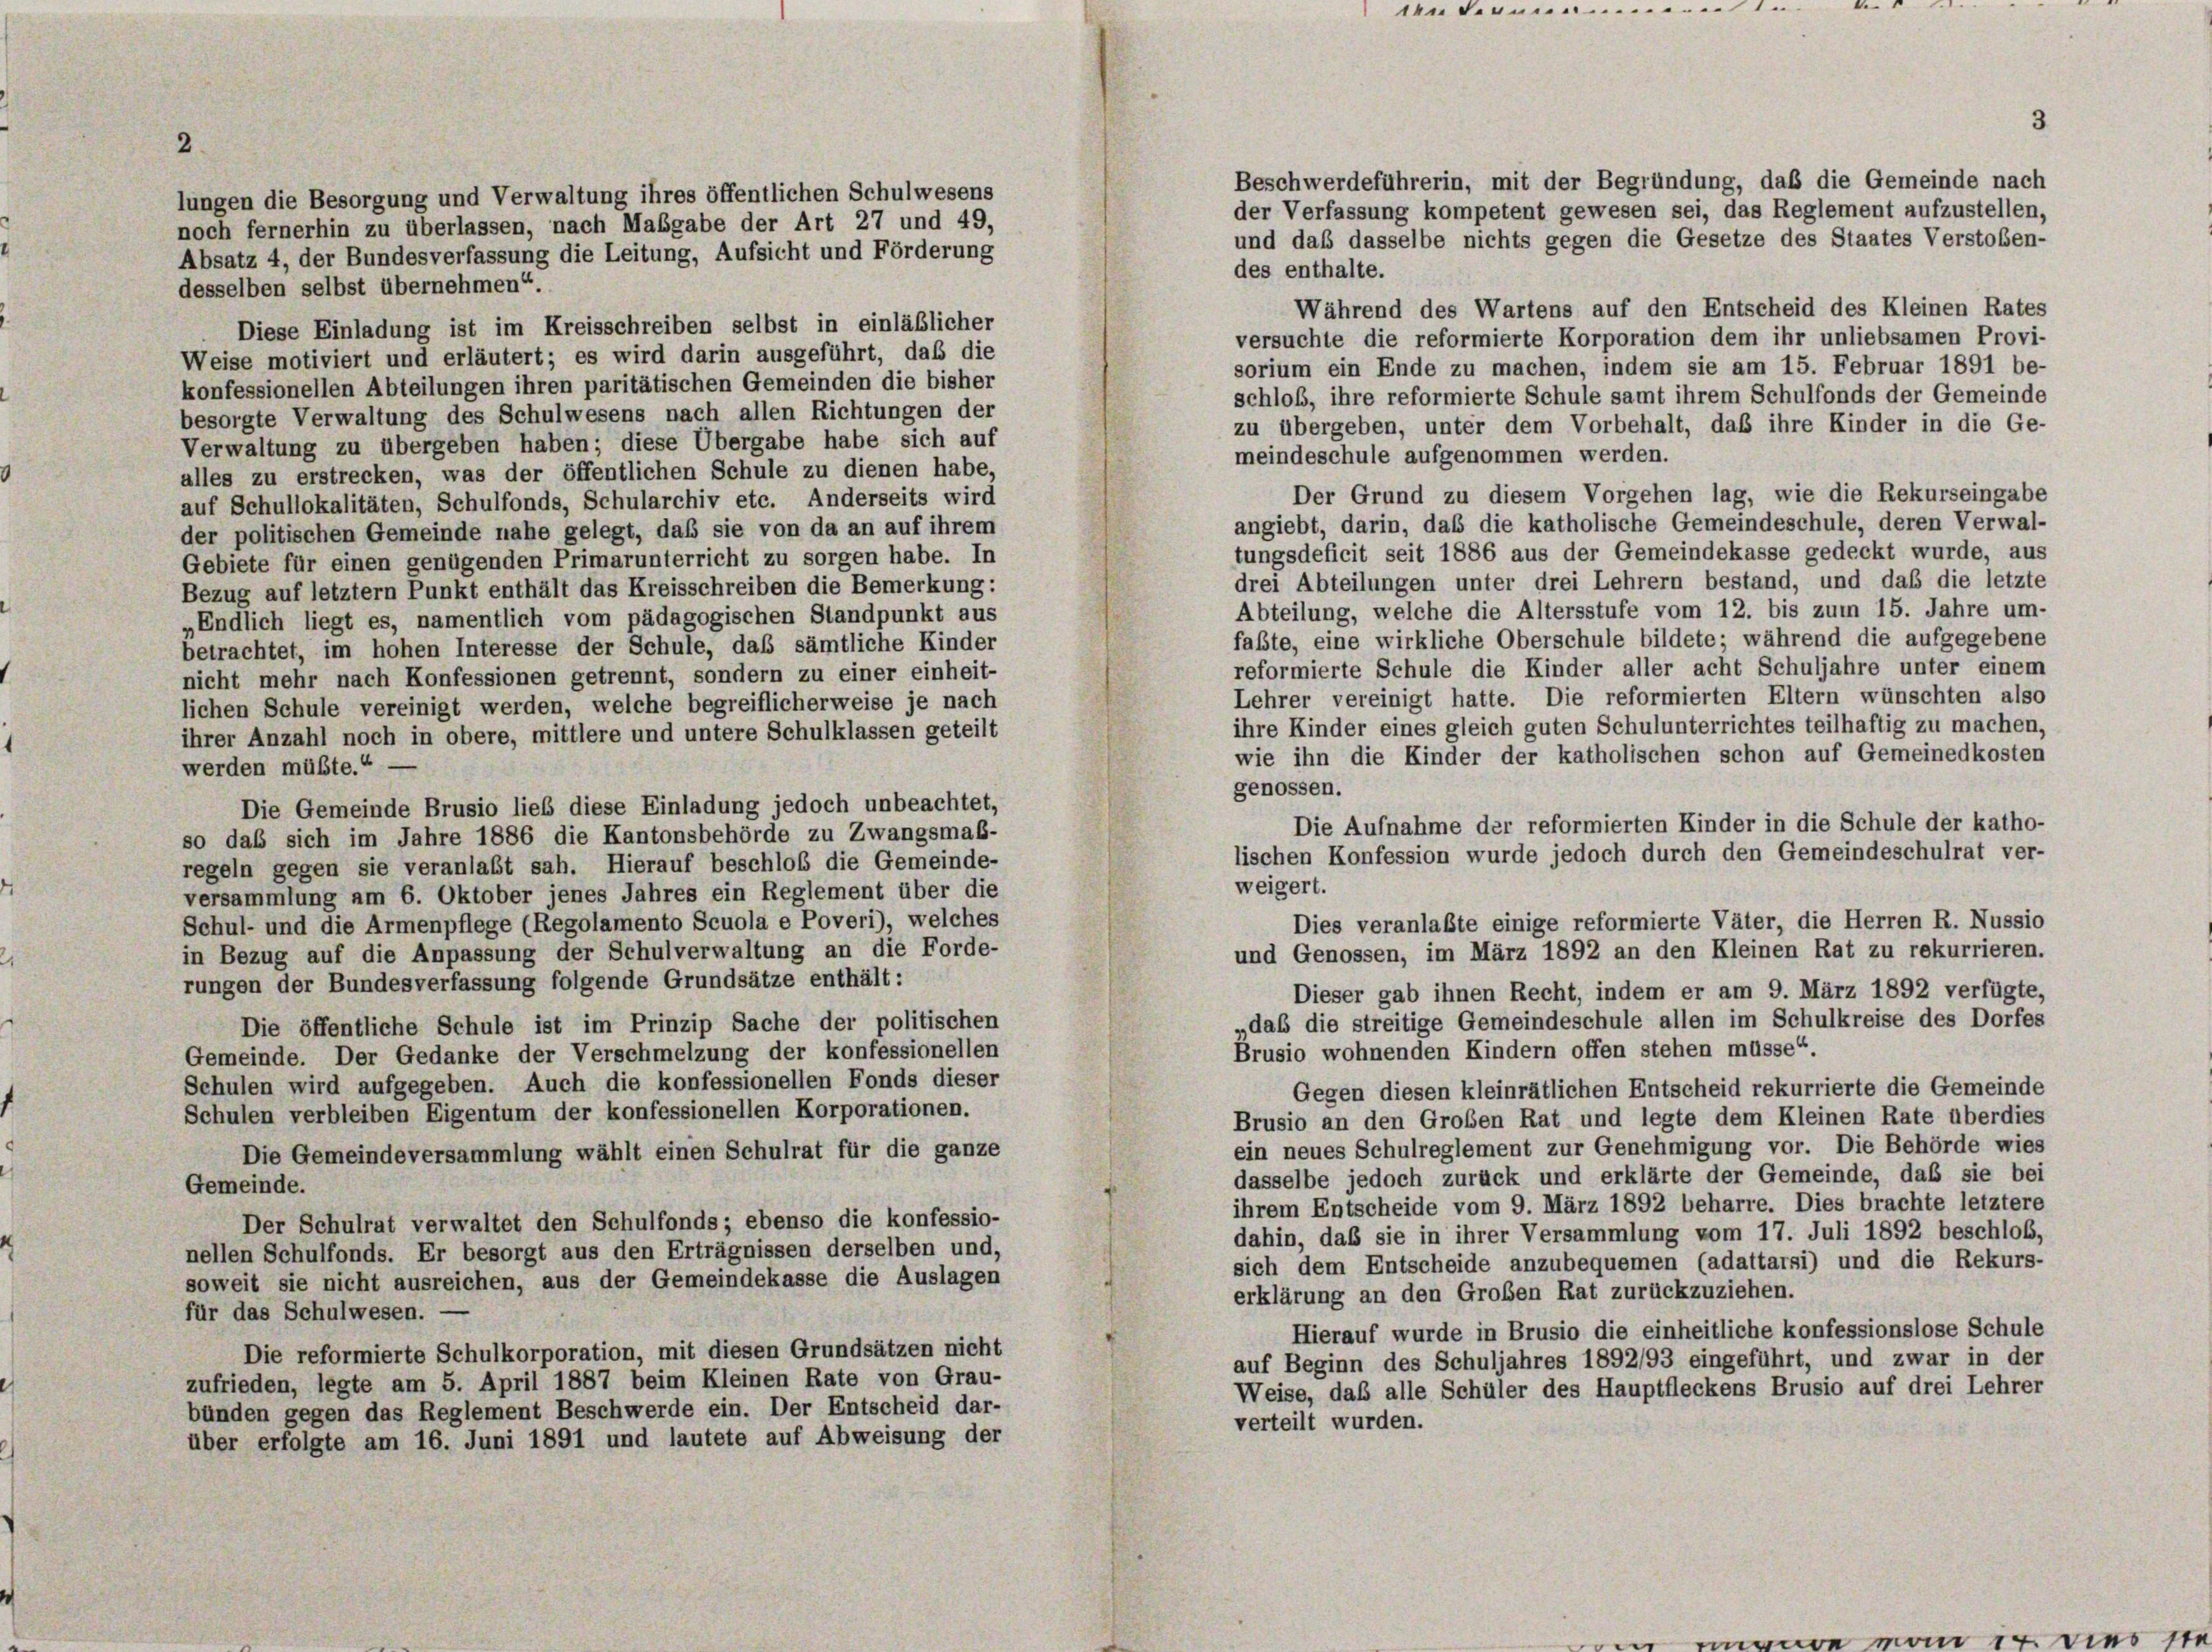
2.

lungen die Besorgung und Verwaltung ihres öffentlichen Schulwesens

Beschwerdeführerin, mit der Begründung, daß die Gemeinde nach
der Verfassung kompetent gewesen sei, das Reglement aufzustellen,
noch fernerhin zu überlassen, nach Mabgabe der Art 27 und 49,
und daß dasselbe nichts gegen die Gesetze des Staates Verstoben-
Absatz 4, der Bundesverfassung die Leitung, Aufsicht und Förderung
des enthalte.
desselben selbst übernehmen“.
Während des Wartens auf den Entscheid des Kleinen Rates
Diese Einladung ist im Kreisschreiben selbst in einläßlicher
versuchte die reformierte Korporation dem ihr unliebsamen Provi-
Weise motiviert und erläutert; es wird darin ausgeführt, daß die
sorium ein Ende zu machen, indem sie am 15. Februar 1891 be-
konfessionellen Abteilungen ihren paritätischen Gemeinden die bisher
schloß, ihre reformierte Schule samt ihrem Schulfonds der Gemeinde
besorgte Verwaltung des Schulwesens nach allen Richtungen der
zu übergeben, unter dem Vorbehalt, daß ihre Kinder in die Ge-
Verwaltung zu übergeben haben; diese Übergabe habe sich auf
meindeschule aufgenommen werden.
alles zu erstrecken, was der öffentlichen Schule zu dienen habe,
Der Grund zu diesem Vorgehen lag, wie die Rekurseingabe
auf Schullokalitäten, Schulfonds, Schularchiv etc. Anderseits wird
angiebt, darin, daß die katholische Gemeindeschule, deren Verwal-
der politischen Gemeinde nahe gelegt, daß sie von da an auf ihrem
tungsdeficit seit 1886 aus der Gemeindekasse gedeckt wurde, aus
Gebiete für einen genügenden Primarunterricht zu sorgen habe. In
drei Abteilungen unter drei Lehrern bestand, und daß die letzte
Bezug auf letztem Punkt enthält das Kreisschreiben die Bemerkung:
Abteilung, welche die Altersstufe vom 12. bis zum 15. Jahre um-
„Endlich liegt es, namentlich vom pädagogischen Standpunkt aus
faßte, eine wirkliche Oberschule bildete; während die aufgegebene
betrachtet, im hohen Interesse der Schule, daß sämtliche Kinder
reformierte Schule die Kinder aller acht Schuljahre unter einem
nicht mehr nach Konfessionen getrennt, sondern zu einer einheit-
Lehrer vereinigt hatte. Die reformierten Eltern wünschten also
lichen Schule vereinigt werden, welche begreiflicherweise je nach
ihre Kinder eines gleich guten Schulunterrichtes teilhaftig zu machen,
ihrer Anzahl noch in obere, mittlere und untere Schulklassen geteilt
wie ihn die Kinder der katholischen schon auf Gemeinedkosten
werden müßte.“
genossen.
Die Gemeinde Brusio lieb diese Einladung jedoch unbeachtet,
Die Aufnahme der reformierten Kinder in die Schule der katho-
so das sich im Jahre 1886 die Kantonsbehörde zu Zwangsmaß-
lischen Konfession wurde jedoch durch den Gemeindeschulrat ver-
regeln gegen sie veranlaßt sah. Hierauf beschloß die Gemeinde-
weigert.
versammlung am 6. Oktober jenes Jahres ein Reglement über die
Dies veranlaßte einige reformierte Väter, die Herren R. Nussio
Schul- und die Armenpflege (Regolamento Scuola e Poveri), welches
und Genossen, im März 1892 an den Kleinen Rat zu rekurrieren.
in Bezug auf die Anpassung der Schulverwaltung an die Forde-
rungen der Bundesverfassung folgende Grundsätze enthält:
Dieser gab ihnen Recht, indem er am 9. März 1892 verfügte,
„daß die streitige Gemeindeschule allen im Schulkreise des Dorfes
Die öffentliche Schule ist im Prinzip Sache der politischen
Brusio wohnenden Kindern offen stehen müsse“.
Gemeinde. Der Gedanke der Verschmelzung der konfessionellen
Schulen wird aufgegeben. Auch die konfessionellen Fonds dieser
Gegen diesen kleinrätlichen Entscheid rekurrierte die Gemeinde
Schulen verbleiben Eigentum der konfessionellen Korporationen.
Brusio an den Großen Rat und legte dem Kleinen Rate überdies
ein neues Schulreglement zur Genehmigung vor. Die Behörde wies
Die Gemeindeversammlung wählt einen Schulrat für die ganze
dasselbe jedoch zurück und erklärte der Gemeinde, daß sie bei
Gemeinde.
ihrem Entscheide vom 9. März 1892 beharre. Dies brachte letztere
Der Schulrat verwaltet den Schulfonds; ebenso die konfessio-
dahin, daß sie in ihrer Versammlung vom 17. Juli 1892 beschloß,
nellen Schulfonds. Er besorgt aus den Erträgnissen derselben und,
sich dem Entscheide anzubequemen (adattarsi) und die Rekurs-
soweit sie nicht ausreichen, aus der Gemeindekasse die Auslagen
erklärung an den Großen Rat zurückzuziehen.
für das Schulwesen. -
Hierauf wurde in Brusio die einheitliche konfessionslose Schule
Die reformierte Schulkorporation, mit diesen Grundsätzen nicht
auf Beginn des Schuljahres 1892/93 eingeführt, und zwar in der
zufrieden, legte am 5. April 1887 beim Kleinen Rate von Grau-
Weise, daß alle Schüler des Hauptfleckens Brusio auf drei Lehrer
bünden gegen das Reglement Beschwerde ein. Der Entscheid dar-
verteilt wurden.
über erfolgte am 16. Juni 1891 und lautete auf Abweisung der

.................